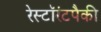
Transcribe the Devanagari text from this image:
रेस्टॉरंटपैकी